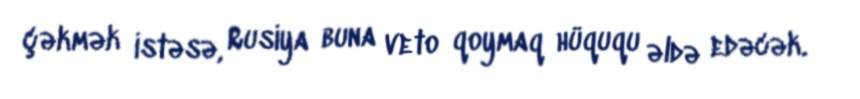
çəkmək istəsə, Rusiya buna veto qoymaq hüququ əldə edəcək.